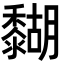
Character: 𪐉